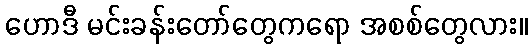
ဟောဒီ မင်းခန်းတော်တွေကရော အစစ်တွေလား။